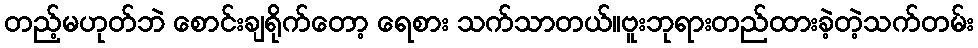
တည့်မဟုတ်ဘဲ စောင်းချရိုက်တော့ ရေစား သက်သာတယ်။ဗူးဘုရားတည်ထားခဲ့တဲ့သက်တမ်း